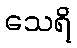
သေရိ